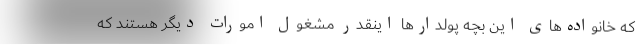
که خانواده‌های این بچه پولدارها اینقدر مشغول امورات دیگر هستند که